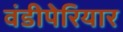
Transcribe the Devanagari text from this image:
वंडीपेरियार